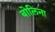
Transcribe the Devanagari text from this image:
बोलिना